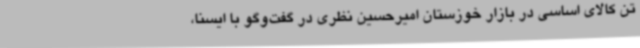
تن کالای اساسی در بازار خوزستان امیرحسین نظری در گفت‌وگو با ایسنا،